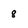
Character: 8